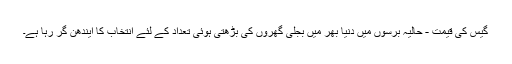
گیس کی قیمت - حالیہ برسوں میں دنیا بھر میں بجلی گھروں کی بڑھتی ہوئی تعداد کے لئے انتخاب کا ایندھن گر رہا ہے۔